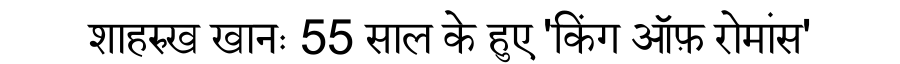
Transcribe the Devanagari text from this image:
शाहरुख खानः 55 साल के हुए 'किंग ऑफ़ रोमांस'